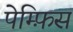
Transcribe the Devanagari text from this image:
पेम्फ़िस